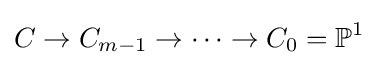
C\to C_{m-1}\to \cdots \to C_{0}=\mathbb {P} ^{1}